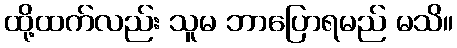
ထို့ထက်လည်း သူမ ဘာပြောရမည် မသိ။